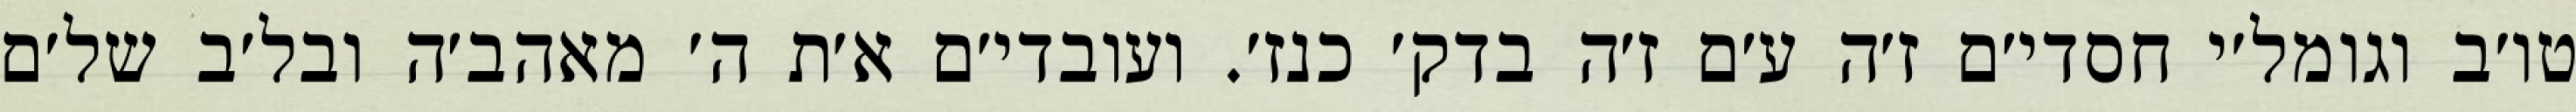
טו׳ב וגומל׳י חסדי׳ם ז׳ה ע׳ם ז׳ה בדק׳ כנז׳. ועובדי׳ם א׳ת ה׳ מאהב׳ה ובל׳ב של׳ם